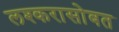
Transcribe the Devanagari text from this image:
लश्करासोबत